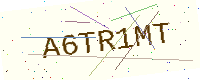
Text: A6TR1MT